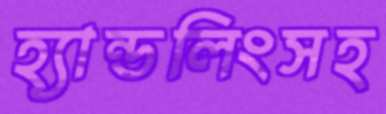
হ্যান্ডলিংসহ